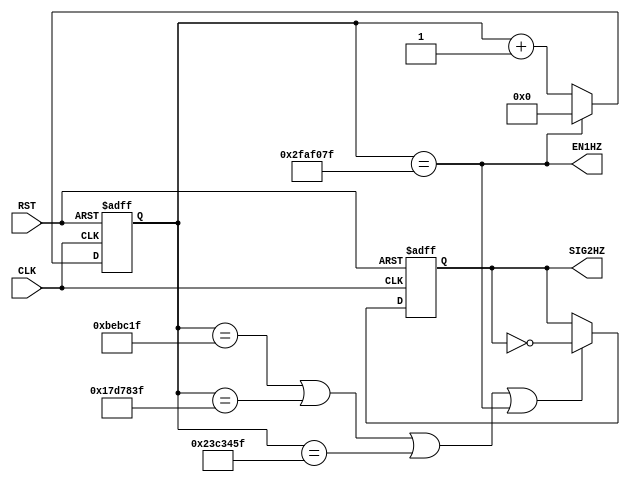

// 1Hz2Hz

module CNT1SEC(
	input CLK, RST,		// 
	output EN1HZ,			// 1Hz
	output reg SIG2HZ		//	2Hz
);

// 50MHz
reg [25:0] cnt;

always @(posedge CLK, posedge RST)begin
	if(RST)
		cnt <= 26'b0;
	else if(EN1HZ)
		cnt <= 26'b0;
	else
		cnt <= cnt + 1'b1;
end

// 1Hz
assign EN1HZ = (cnt == 26'd49999999);

// 2Hz, 50%
wire cnt37499999 = (cnt == 26'd37499999);
wire cnt24999999 = (cnt == 26'd24999999);
wire cnt12499999 = (cnt == 26'd12499999);

always @(posedge CLK, posedge RST)begin
	if(RST)
		SIG2HZ <= 1'b0;
	else if(cnt12499999 | cnt24999999 | cnt37499999 | EN1HZ)
		SIG2HZ <= ~SIG2HZ;
end

endmodule